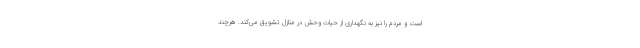
است و مردم را نیز به نگهداری از حیات وحش در منازل تشویق می‌کند. هرچند